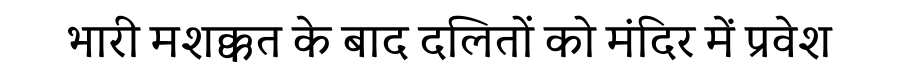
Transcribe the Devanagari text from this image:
भारी मशक्कत के बाद दलितों को मंदिर में प्रवेश